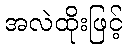
အလဲထိုးဖြင့်